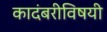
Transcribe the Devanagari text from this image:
कादंबरीविषयी